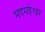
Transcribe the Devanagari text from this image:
मदमहेश्वर